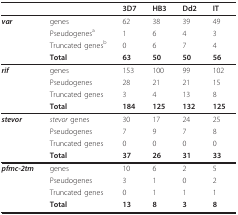
<table><thead><tr><td></td><td></td><td><b>3D7</b></td><td><b>HB3</b></td><td><b>Dd2</b></td><td><b>IT</b></td></tr></thead><tbody><tr><td><b><i>var</i></b></td><td>genes</td><td>62</td><td>38</td><td>39</td><td>49</td></tr><tr><td></td><td>Pseudogenes<sup>a</sup></td><td>1</td><td>6</td><td>4</td><td>3</td></tr><tr><td></td><td>Truncated genes<sup>b</sup></td><td>0</td><td>6</td><td>7</td><td>4</td></tr><tr><td></td><td><b>Total</b></td><td><b>63</b></td><td><b>50</b></td><td><b>50</b></td><td><b>56</b></td></tr><tr><td><b><i>rif</i></b></td><td>genes</td><td>153</td><td>100</td><td>99</td><td>102</td></tr><tr><td></td><td>Pseudogenes</td><td>28</td><td>21</td><td>21</td><td>15</td></tr><tr><td></td><td>Truncated genes</td><td>3</td><td>4</td><td>13</td><td>8</td></tr><tr><td></td><td><b>Total</b></td><td><b>184</b></td><td><b>125</b></td><td><b>132</b></td><td><b>125</b></td></tr><tr><td><b><i>stevor</i></b></td><td><i>stevor </i>genes</td><td>30</td><td>17</td><td>24</td><td>25</td></tr><tr><td></td><td>Pseudogenes</td><td>7</td><td>9</td><td>7</td><td>8</td></tr><tr><td></td><td>Truncated genes</td><td>0</td><td>0</td><td>0</td><td>0</td></tr><tr><td></td><td><b>Total</b></td><td><b>37</b></td><td><b>26</b></td><td><b>31</b></td><td><b>33</b></td></tr><tr><td><b><i>pfmc-2tm</i></b></td><td>genes</td><td>10</td><td>6</td><td>2</td><td>5</td></tr><tr><td></td><td>Pseudogenes</td><td>3</td><td>1</td><td>0</td><td>2</td></tr><tr><td></td><td>Truncated genes</td><td>0</td><td>1</td><td>1</td><td>1</td></tr><tr><td></td><td><b>Total</b></td><td><b>13</b></td><td><b>8</b></td><td><b>3</b></td><td><b>8</b></td></tr></tbody></table>